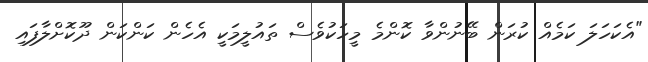
"އެކަހަލަ ކަމެއް ކުރަން ބޭނުންވާ ކޮންމެ މީހަކުވެސް ތައުލީމަކީ އެހެން ކަންކަން ދޫކޮށްލާފައި